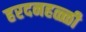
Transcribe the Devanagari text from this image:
हरदनहळ्ळी